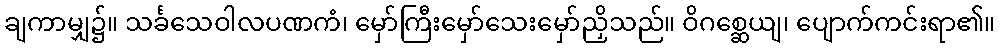
ချကာမျှ၌။ သင်္ခသေဝါလပဏကံ၊ မှော်ကြီးမှော်သေးမှော်ညှိသည်။ ဝိဂစ္ဆေယျ၊ ပျောက်ကင်းရာ၏။